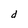
Character: d